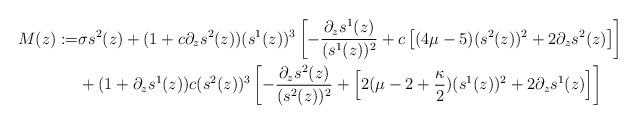
LaTeX: \begin{align*} M(z) := & \sigma s^2(z) + (1 + c \partial_z s^2(z)) (s^1(z))^3 \left[ - \frac{\partial_z s^1(z)}{ (s^1(z))^2} + c \left[ (4\mu -5)(s^2(z))^2 + 2\partial_z s^2(z)\right] \right] \\ & + (1 + \partial_z s^1(z)) c (s^2(z))^3 \left[ - \frac{\partial_z s^2(z)}{(s^2(z))^2} + \left[ 2(\mu - 2 + \frac{\kappa}{2})(s^1(z))^2 + 2 \partial_z s^1(z)\right] \right] \end{align*}